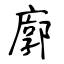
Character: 廓